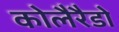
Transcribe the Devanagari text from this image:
कोलैरैडो